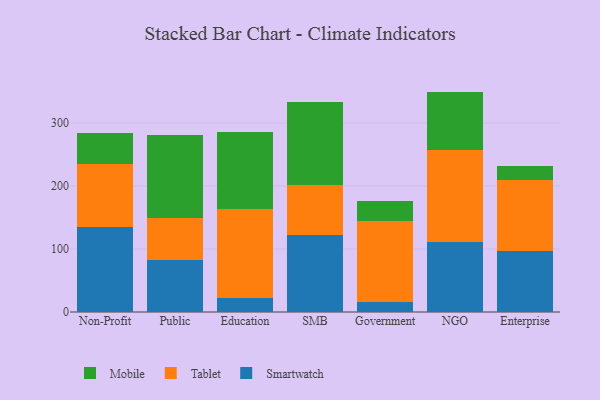
{"axis": {"x": "Segment", "y": "Active Users"}, "legend": ["Mobile", "Smartwatch", "Tablet"], "data": [{"x": "Non-Profit", "y": 135.2, "type": "Smartwatch"}, {"x": "Non-Profit", "y": 100.2, "type": "Tablet"}, {"x": "Non-Profit", "y": 48.7, "type": "Mobile"}, {"x": "Public", "y": 82.9, "type": "Smartwatch"}, {"x": "Public", "y": 67.1, "type": "Tablet"}, {"x": "Public", "y": 131.1, "type": "Mobile"}, {"x": "Education", "y": 22.0, "type": "Smartwatch"}, {"x": "Education", "y": 142.3, "type": "Tablet"}, {"x": "Education", "y": 121.7, "type": "Mobile"}, {"x": "SMB", "y": 122.1, "type": "Smartwatch"}, {"x": "SMB", "y": 80.2, "type": "Tablet"}, {"x": "SMB", "y": 131.4, "type": "Mobile"}, {"x": "Government", "y": 15.7, "type": "Smartwatch"}, {"x": "Government", "y": 129.2, "type": "Tablet"}, {"x": "Government", "y": 30.9, "type": "Mobile"}, {"x": "NGO", "y": 111.0, "type": "Smartwatch"}, {"x": "NGO", "y": 146.1, "type": "Tablet"}, {"x": "NGO", "y": 92.8, "type": "Mobile"}, {"x": "Enterprise", "y": 96.2, "type": "Smartwatch"}, {"x": "Enterprise", "y": 113.2, "type": "Tablet"}, {"x": "Enterprise", "y": 21.6, "type": "Mobile"}]}